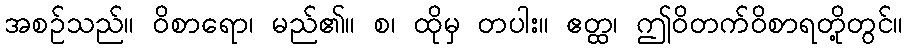
အစဉ်သည်။ ဝိစာရော၊ မည်၏။ စ၊ ထိုမှ တပါး။ ဧတ္ထ၊ ဤဝိတက်ဝိစာရတို့တွင်။